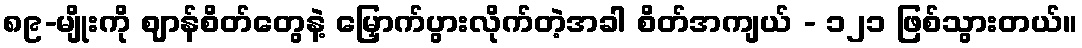
၈၉-မျိုးကို ဈာန်စိတ်တွေနဲ့ မြှောက်ပွားလိုက်တဲ့အခါ စိတ်အကျယ် - ၁၂၁ ဖြစ်သွားတယ်။